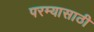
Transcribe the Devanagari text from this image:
परम्यासाठी